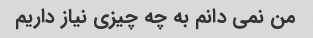
من نمی دانم به چه چیزی نیاز داریم